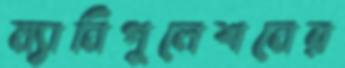
ম্যানিপুলেশনের